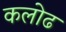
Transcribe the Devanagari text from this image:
कलोढ